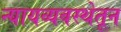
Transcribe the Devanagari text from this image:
न्यायव्यवस्थेतून